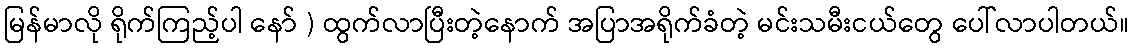
မြန်မာလို ရိုက်ကြည့်ပါ နော် ) ထွက်လာပြီးတဲ့နောက် အပြာအရိုက်ခံတဲ့ မင်းသမီးငယ်တွေ ပေါ်လာပါတယ်။